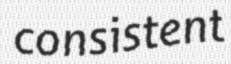
consistent